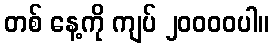
တစ် နေ့ကို ကျပ် ၂၀၀၀၀ပါ။